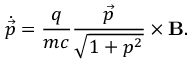
\dot { \vec { p } } = \frac { q } { m c } \frac { \vec { p } } { \sqrt { 1 + p ^ { 2 } } } \times \mathbf { B } .